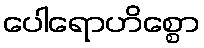
ပေါရောဟိစ္စော